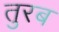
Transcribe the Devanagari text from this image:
तुरब